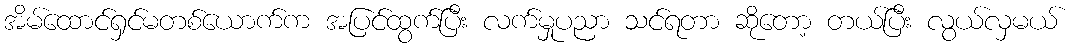
အိမ်ထောင်ရှင်မတစ်ယောက်က အပြင်ထွက်ပြီး လက်မှုပညာ သင်ရတာ ဆိုတော့ တယ်ပြီး လွယ်လှမယ်